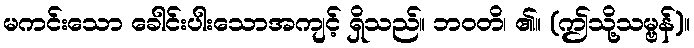
မကင်းသော ခေါင်းပါးသောအကျင့် ရှိသည်။ ဘဝတိ၊ ၏။ (ဤသို့သမ္ဗန်)။